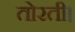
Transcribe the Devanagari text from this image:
तोरती।